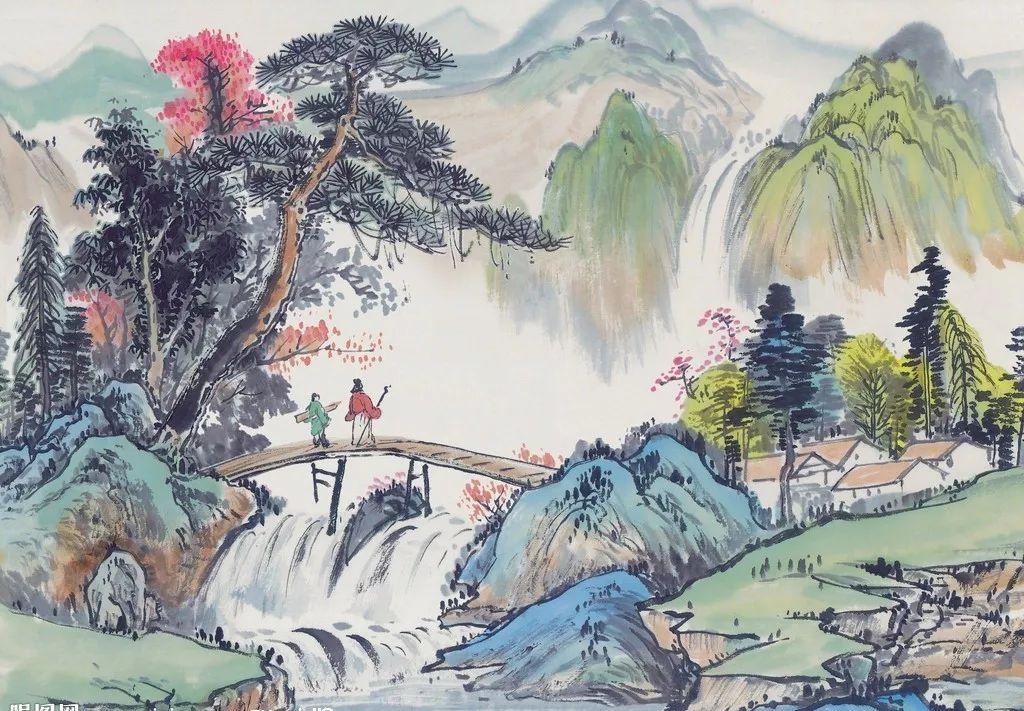
见人初解语呕哑，不肯归眠恋小车。